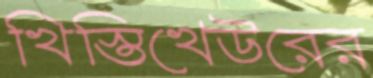
খিস্তিখেউরের